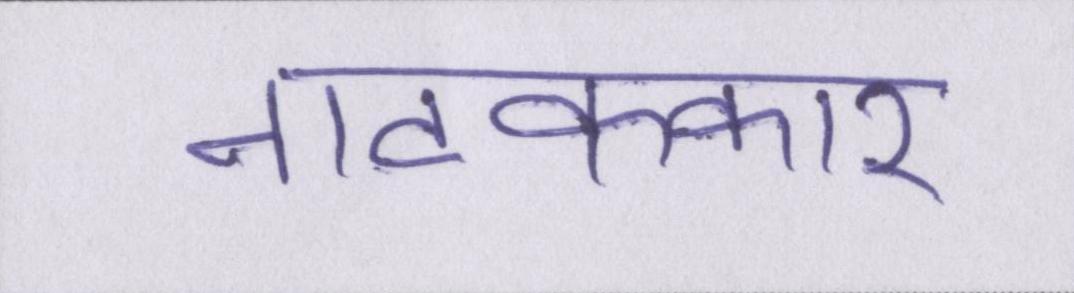
नाटककार